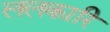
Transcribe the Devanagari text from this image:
ललकारि